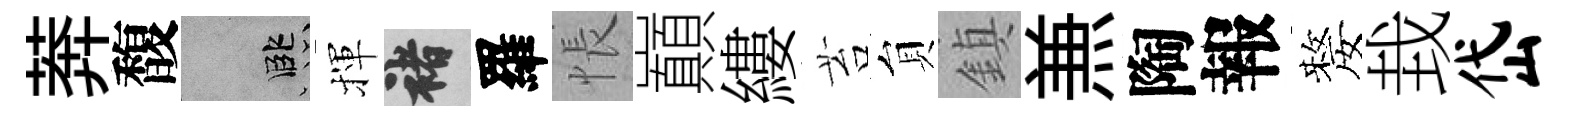
莾馥孟揮褚羅悵巔縷苔貟鎮𠔥陶報嫠㘽岱